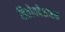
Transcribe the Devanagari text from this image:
हितोपदेशाष्टक